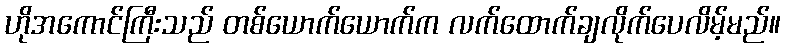
ဟိုအကောင်ကြီးသည် တစ်ယောက်ယောက်က လက်ထောက်ချလိုက်ပေလိမ့်မည်။